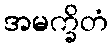
အမက္ခိတံ